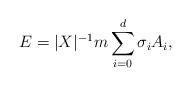
LaTeX: \begin{align*}E = \vert X \vert^{-1}m\sum_{i=0}^d \sigma_iA_i,\end{align*}